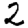
Digit: 2